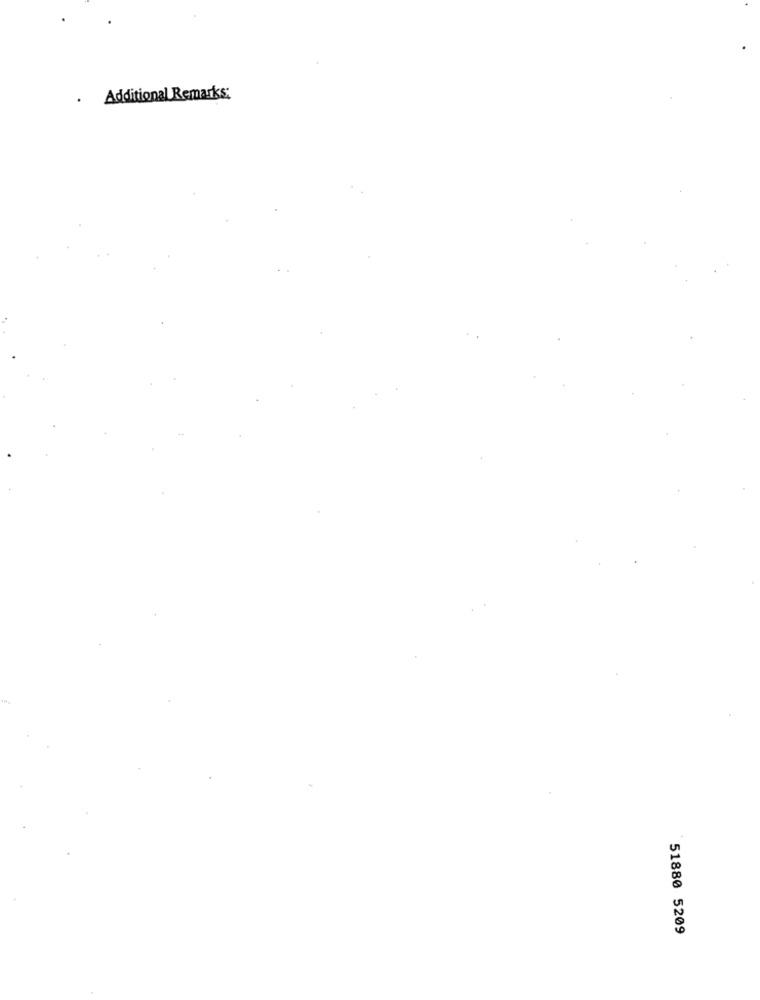
. Additional Remarks:
51880 5209